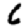
Digit: 6